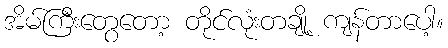
အိမ်ကြီးတွေတော့ တိုင်လုံးတချို့ ကျန်တာပေါ့။